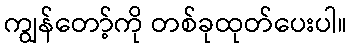
ကျွန်တော့်ကို တစ်ခုထုတ်ပေးပါ။